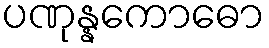
ပဏုန္နကောဓော